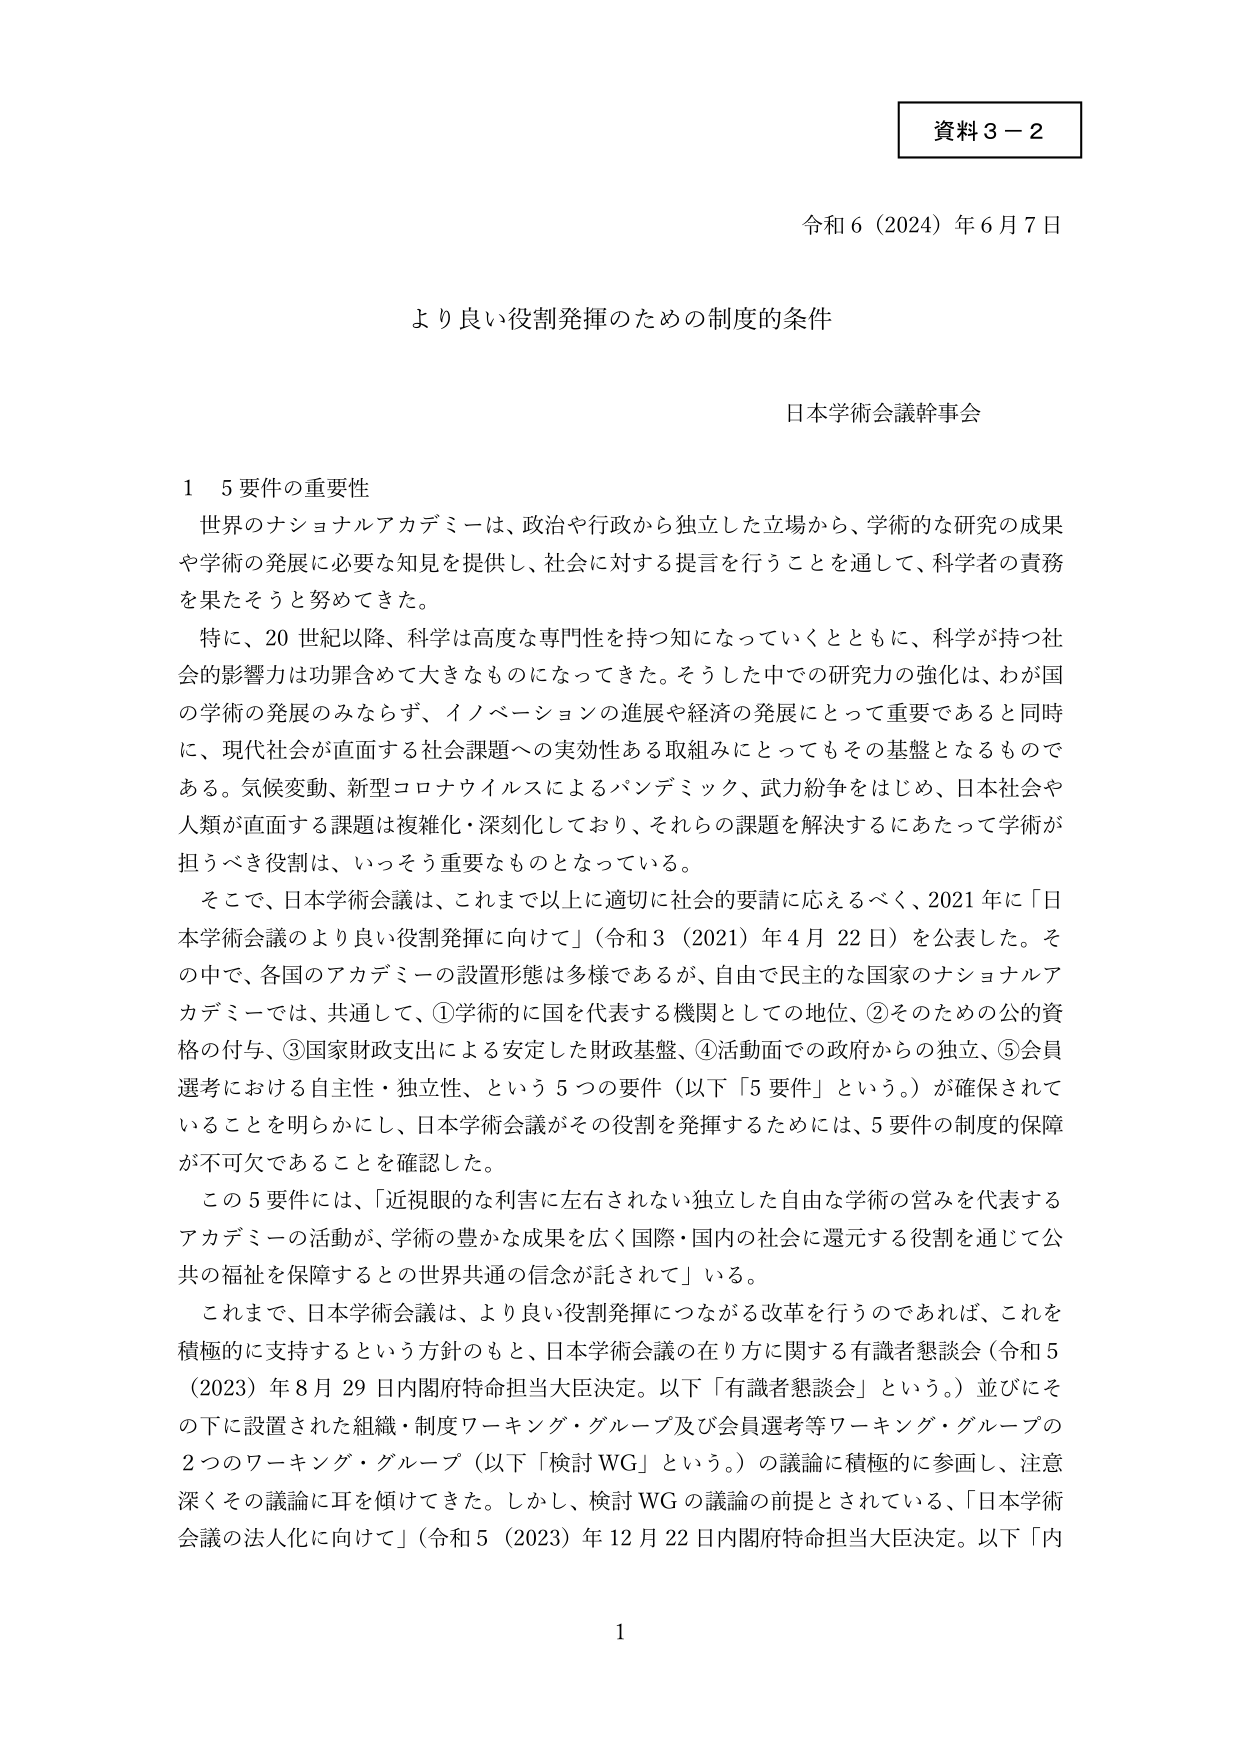
資料３－２

令和６（2024）年６月７日

より良い役割発揮のための制度的条件

日本学術会議幹事会

１　５要件の重要性

　世界のナショナルアカデミーは、政治や行政から独立した立場から、学術的な研究の成果や学術の発展に必要な知見を提供し、社会に対する提言を行うことを通して、科学者の責務を果たそうと努めてきた。

　特に、20世紀以降、科学は高度な専門性を持つ知になっていくとともに、科学が持つ社会的影響力は功罪含めて大きなものになってきた。そうした中での研究力の強化は、わが国の学術の発展のみならず、イノベーションの進展や経済の発展にとって重要であると同時に、現代社会が直面する社会課題への実効性ある取組みにとってもその基盤となるものである。気候変動、新型コロナウイルスによるパンデミック、武力紛争をはじめ、日本社会や人類が直面する課題は複雑化・深刻化しており、それらの課題を解決するにあたって学術が担うべき役割は、いっそう重要なものとなっている。

　そこで、日本学術会議は、これまで以上に適切に社会的要請に応えるべく、2021年に「日本学術会議のより良い役割発揮に向けて」（令和３（2021）年４月22日）を公表した。その中で、各国のアカデミーの設置形態は多様であるが、自由で民主的な国家のナショナルアカデミーでは、共通して、①学術的に国を代表する機関としての地位、②そのための公的資格の付与、③国家財政支出による安定した財政基盤、④活動面での政府からの独立、⑤会員選考における自主性・独立性、という５つの要件（以下「５要件」という。）が確保されていることを明らかにし、日本学術会議がその役割を発揮するためには、５要件の制度的保障が不可欠であることを確認した。

　この５要件には、「近視眼的な利害に左右されない独立した自由な学術の営みを代表するアカデミーの活動が、学術の豊かな成果を広く国際・国内の社会に還元する役割を通じて公共の福祉を保障するとの世界共通の信念が託されて」いる。

　これまで、日本学術会議は、より良い役割発揮につながる改革を行うのであれば、これを積極的に支持するという方針のもと、日本学術会議の在り方に関する有識者懇談会（令和５（2023）年８月29日内閣府特命担当大臣決定。以下「有識者懇談会」という。）並びにその下に設置された組織・制度ワーキング・グループ及び会員選考等ワーキング・グループの２つのワーキング・グループ（以下「検討WG」という。）の議論に積極的に参画し、注意深くその議論に耳を傾けてきた。しかし、検討WGの議論の前提とされている、「日本学術会議の法人化に向けて」（令和５（2023）年12月22日内閣府特命担当大臣決定。以下「内

1